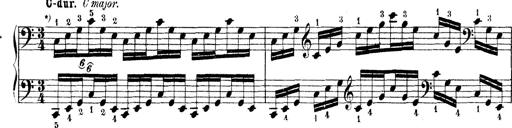
Title: Technische Studien
Composer: Franz Liszt